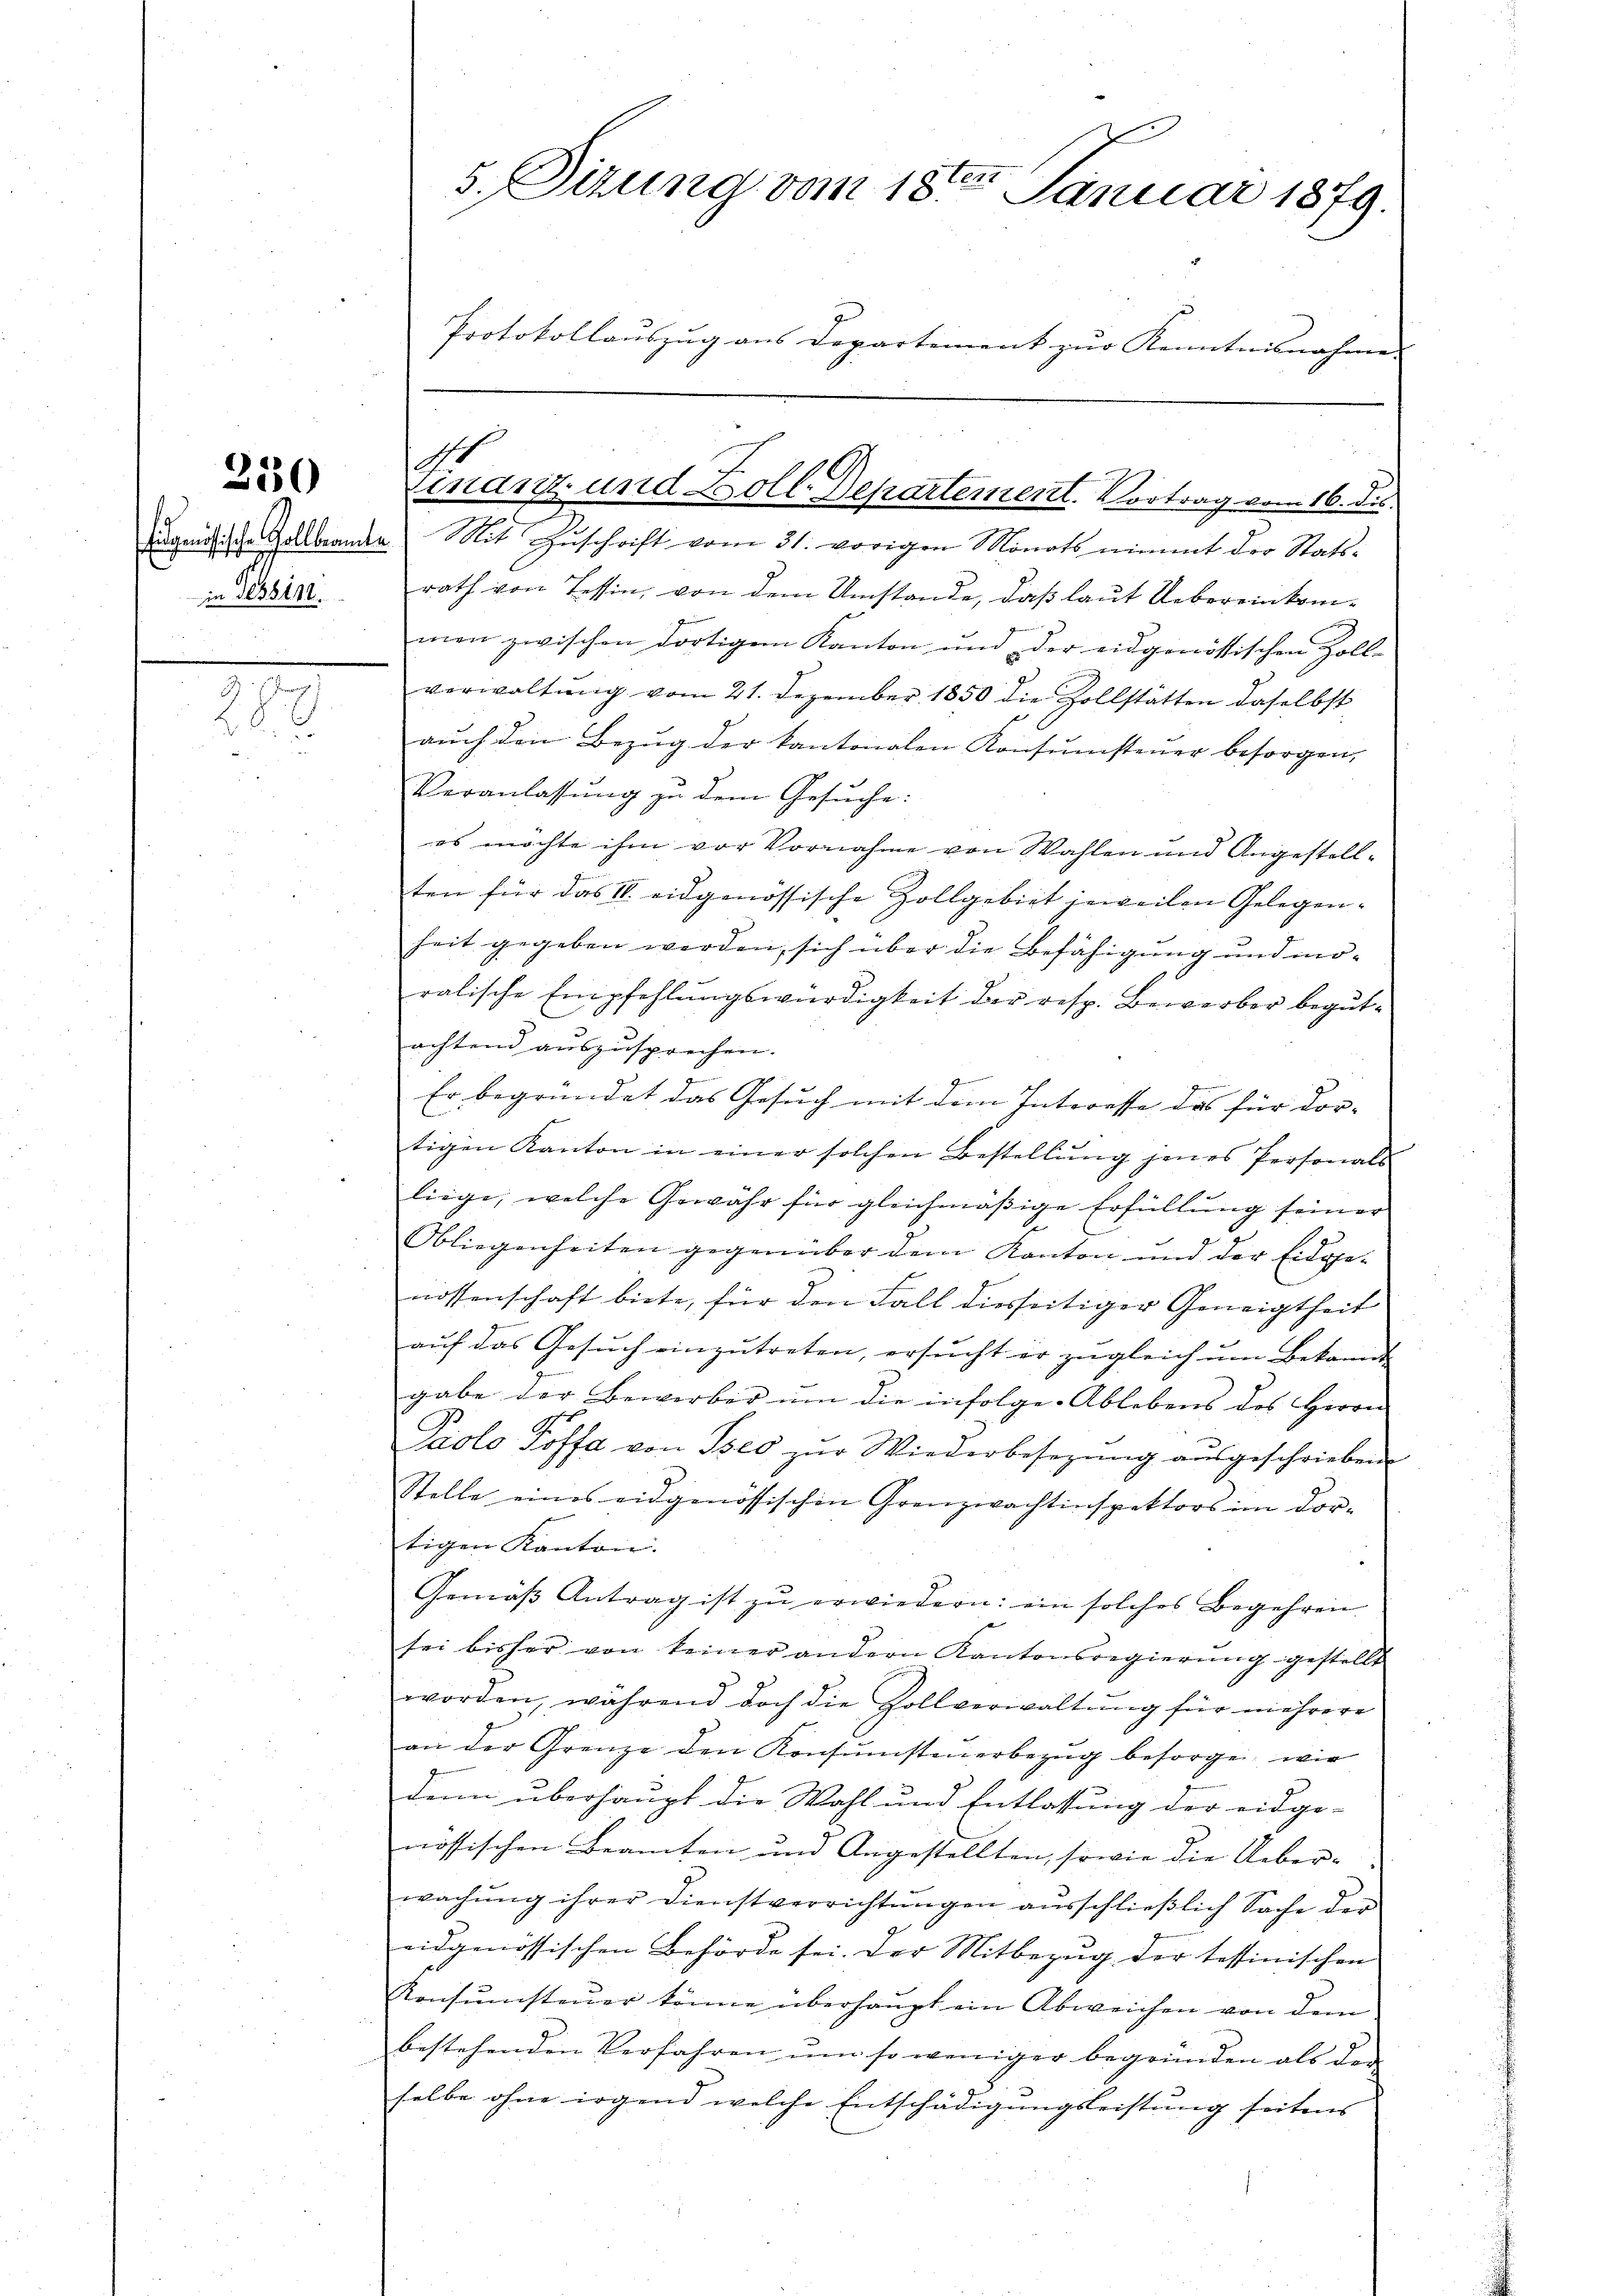
230

.

5. Sizung vom 18ten Januar 1879.
Protokollaŭszŭg ans Departement zŭr Kenntnisnahme

Jugendtische Zollbranden Mit Zŭschrift vom 31. vorigen Monats nimmt der Statsin Tessire rath von Tessin, von dem Umstande, daß laut Uebereinkommon zwischen dortigem Kanton und der eidgenössischen Zoll-
verwaltung vom 21. Dezember 1850 die Zollstätten daselbst
auch den Bezug der kantonalen Konsumsteuer besorgen,
Veranlassung zu dem Gesuche:
es möchte ihm vor Vornahme von Wahlen und Angestellten für das II. eidgenössische Zollgebiet jeweilen Gelegenseit gegeben werden, sich über die Befähigung und möralische Empfehlungswürdigkeit der resp. Bewerber begutachtend auszusprechen.
Er begründet das Gesuch mit dem Interesse das für dor-
tigen Kanton in einer solchen Bestellŭng jenes Personals
liege, welche Gewähr für gleichmäßige Erfüllung seiner
Obliegenheiten gegenüber dem Kanton und der Eidge-
nossenschaft biete, für den Fall diesseitiger Geneigtheit
auf das Gesuch einzutreten, ersucht er zugleich um Bekannt
gabe der Bewerber um die infolge. Ablebens des Herrn
4.
Paolo Joffa von Iseo zŭr Wiederbesezung aŭsgeschrieben.
Stelle eines eidgenössischen Grenzwachtinspektors im Dor-
tigen Kanton.
Gemäss Antrag ist zu erwiedern: ein solches Begehren.
sei bisher von keiner andern Kantonsregierŭng gestellt
worden, während doch die Zollverwaltŭng für mehrere
an der Grenze den Konsŭmsteŭerbezug besorge, wie
denn überhaupt die Wahl und Entlassung der eidge-
nössischen Beamten und Angestellten, sowie die Ueberwachŭng ihrer Dienstverrichtŭngen aŭsschlieβlich Sache der
eidgenössischen Behörde sei. Der Mitbezug der tessinischen
Konsŭmsteŭer könne überhaupt ein Abweichen von dem
bestehenden Verfahren um so weniger begründen als der
selbe ohne irgend welche Entschädigungsleistung seitens |

d
Finanz- und Boll-Departement. Vortrag vom 16. ds.